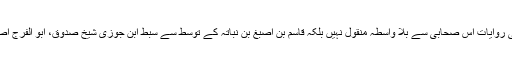
[1]قابل توجہ نقطہ یہ ہے کہ اسکی روایات اس صحابی سے بلا واسطہ منقول نہیں بلکہ قاسم بن اصبغ بن نباتہ کے توسط سے سبط ابن جوزی شیخ صدوق، ابو الفرج اصفہانی اور طبری نے نقل کی ہیں ۔